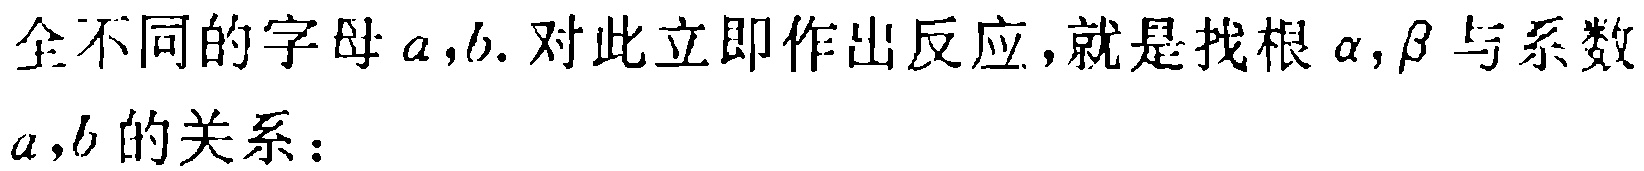
全不同的字母\(a,b\). 对此立即作出反应，就是找根\(\alpha,\beta\)与系数\(a,b\)的关系：